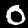
Label: 0